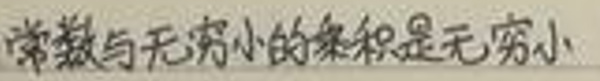
常数与无穷小的乘积是无穷小